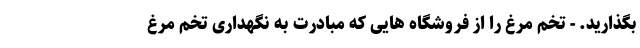
بگذارید. - تخم مرغ را از فروشگاه هایی که مبادرت به نگهداری تخم مرغ